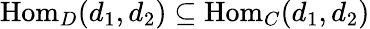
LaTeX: \mathrm{Hom}_{D}(d_{1},d_{2})\subseteq\mathrm{Hom}_{C}(d_{1},d_{2})